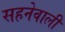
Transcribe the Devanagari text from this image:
सहनेवाली